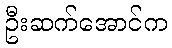
ဦးဆက်အောင်က